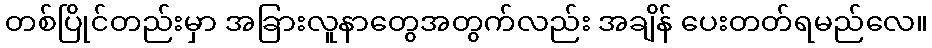
တစ်ပြိုင်တည်းမှာ အခြားလူနာတွေအတွက်လည်း အချိန် ပေးတတ်ရမည်လေ။